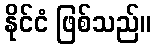
နိုင်ငံ ဖြစ်သည်။